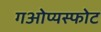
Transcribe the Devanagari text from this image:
गओप्यस्फोट